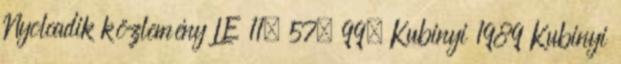
Nyolcadik közlemény LE 11. 57. 99. Kubinyi 1989 Kubinyi